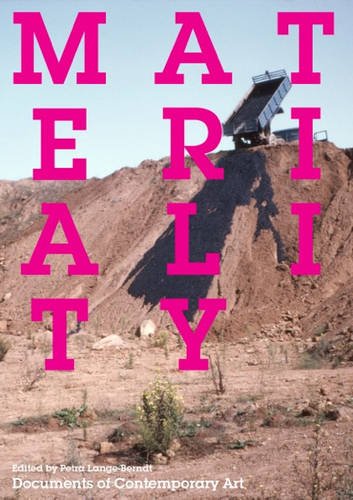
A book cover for Materiality (Whitechapel: Documents of Contemporary Art); Arts & Photography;